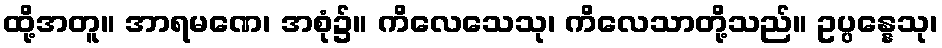
ထို့အတူ။ အာရမဏေ၊ အစုံ၌။ ကိလေသေသု၊ ကိလေသာတို့သည်။ ဥပ္ပန္နေသု၊